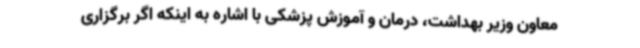
معاون وزیر بهداشت، درمان و آموزش پزشکی با اشاره به اینکه اگر برگزاری